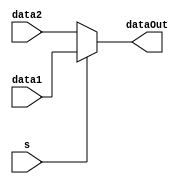
module MUX#(parameter n=64)(input [n-1:0] data1 , data2 , input s , output [n-1:0] dataOut);
	assign dataOut = (s) ? data1 : data2;
endmodule